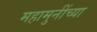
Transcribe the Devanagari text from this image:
महामुनींच्या